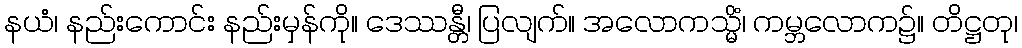
နယံ၊ နည်းကောင်း နည်းမှန်ကို။ ဒေဿန္တီ၊ ပြလျက်။ အလောကသ္မိံ၊ ကမ္ဘလောက၌။ တိဋ္ဌတု၊